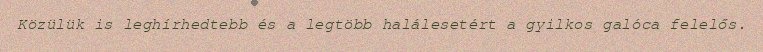
Közülük is leghírhedtebb és a legtöbb halálesetért a gyilkos galóca felelős.